Report of the Indian Hemp Drugs Commission, 1894-1895 - Volume IV
Year: 1894
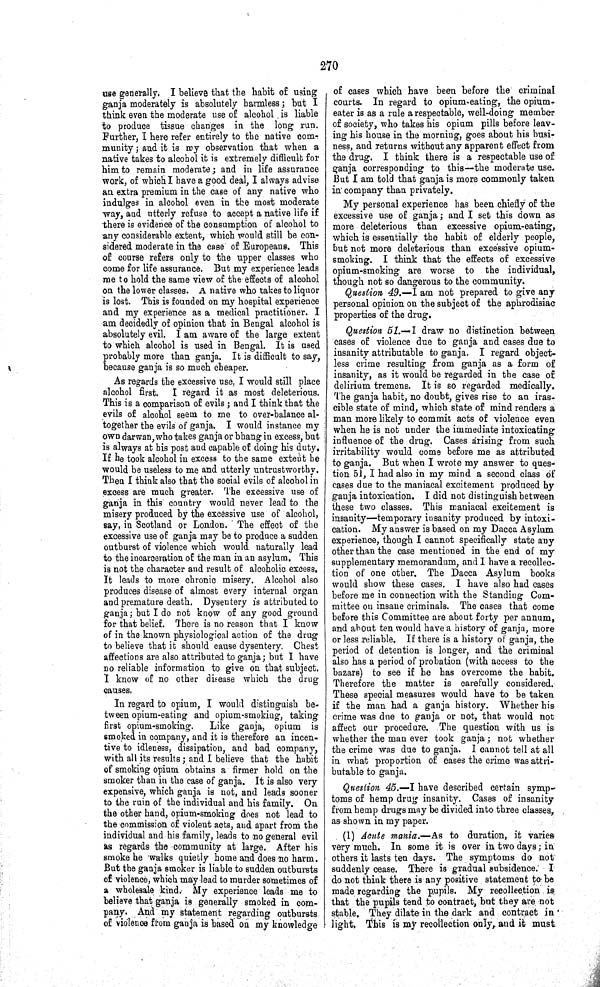
270
use generally. I believe that the habit of using
ganja moderately is absolutely harmless; but I
think even the moderate use of alcohol is liable
to produce tissue changes in the long run.
Further, I here refer entirely to the native com-
munity; and it is my observation that when a
native takes to alcohol it is extremely difficult for
him to remain moderate; and in life assurance
work, of which I have a good deal, I always advise
an extra premium in the case of any native who
indulges in alcohol even in the most moderate
way, and utterly refuse to accept a native life if
there is evidence of the consumption of alcohol to
any considerable extent, which would still be con-
sidered moderate in the case of Europeans. This
of course refers only to the upper classes who
come for life assurance. But my experience leads
me to hold the same view of the effects of alcohol
on the lower classes. A native who takes to liquor
is lost. This is founded on my hospital experience
and my experience as a medical practitioner. I
am decidedly of opinion that in Bengal alcohol is
absolutely evil. I am aware of the large extent
to which alcohol is used in Bengal. It is used
probably more than ganja. It is difficult to say,
because ganja is so much cheaper.
As regards the excessive use, I would still place
alcohol first. I regard it as most deleterious.
This is a comparison of evils; and I think that the
evils of alcohol seem to me to over-balance al-
together the evils of ganja. I would instance my
own darwan, who takes ganja or bhang in excess, but
is always at his post and capable of doing his duty.
If he took alcohol in excess to the same extent he
would be useless to me and utterly untrustworthy.
Then I think also that the social evils of alcohol in
excess are much greater. The excessive use of
ganja in this country would never lead to the
misery produced by the excessive use of alcohol,
say, in Scotland or London. The effect of the
excessive use of ganja may be to produce a sudden
outburst of violence which would naturally lead
to the incarceration of the man in an asylum. This
is not the character and result of alcoholic excess.
It leads to more chronic misery. Alcohol also
produces disease of almost every internal organ
and premature death. Dysentery is attributed to
ganja; but I do not know of any good ground
for that belief. There is no reason that I know
of in the known physiological action of the drug
to believe that it should cause dysentery. Chest
affections are also attributed to ganja; but I have
no reliable information to give on that subject.
I know of no other disease which the drug
causes.
In regard to opium, I would distinguish be-
tween opium-eating and opium-smoking, taking
first opium-smoking.
Like ganja, opium is
smoked in company, and it is therefore an incen-
tive to idleness, dissipation, and bad company,
with all its results; and I believe that the habit
of smoking opium obtains a firmer hold on the
smoker than in the case of ganja. It is also very
expensive, which ganja is not, and leads sooner
to the ruin of the individual and his family. On
the other hand, opium-smoking does not lead to
the commission of violent acts, and apart from the
individual and his family, leads to no general evil
as regards the community at large. After his
smoke he walks quietly home and does no harm.
But the ganja smoker is liable to sudden outbursts
of violence, which may lead to murder sometimes of
a wholesale kind. My experience leads me to
believe that ganja is generally smoked in com-
pany. And my statement regarding outbursts
of violence from ganja is based on my knowledge
of cases which have been before the criminal
courts. In regard to opium-eating, the opium-
eater is as a rule a respectable, well-doing member
of society, who takes his opium pills before leav-
ing his house in the morning, goes about his busi-
ness, and returns without any apparent effect from
the drug. I think there is a respectable use of
ganja corresponding to this—the moderate use.
But I am told that ganja is more commonly taken
in company than privately.
My personal experience has been chiefly of the
excessive use of ganja; and I set this down as
more deleterious than excessive opium-eating,
which is essentially the habit of elderly people,
but not more deleterious than excessive opium-
smoking. I think that the effects of excessive
opium-smoking are worse to the individual,
though not so dangerous to the community.
Question 49.—I am not prepared to give any
personal opinion on the subject of the aphrodisiac
properties of the drug.
Question 51.—I draw no distinction between
cases of violence due to ganja and cases due to
insanity attributable to ganja. I regard object-
less crime resulting from ganja as a form of
insanity, as it would be regarded in the case of
delirium tremens. It is so regarded medically.
The ganja habit, no doubt, gives rise to an iras-
cible state of mind, which state of mind renders a
man more likely to commit acts of violence even
when he is not under the immediate intoxicating
influence of the drug. Cases arising from such
irritability would come before me as attributed
to ganja. But when I wrote my answer to ques-
tion 51, I had also in my mind a second class of
cases due to the maniacal excitement produced by
ganja intoxication. I did not distinguish between
these two classes. This maniacal excitement is
insanity—temporary insanity produced by intoxi-
cation. My answer is based on my Dacca Asylum
experience, though I cannot specifically state any
other than the case mentioned in the end of my
supplementary memorandum, and I have a recollec-
tion of one other. The Dacca Asylum books
would show these cases. I have also had cases
before me in connection with the Standing Com-
mittee on insane criminals. The cases that come
before this Committee are about forty per annum,
and about ten would have a history of ganja, more
or less reliable. If there is a history of ganja, the
period of detention is longer, and the criminal
also has a period of probation (with access to the
bazars) to see if he has overcome the habit.
Therefore the matter is carefully considered.
These special measures would have to be taken
if the man had a ganja history. Whether his
crime was due to ganja or not, that would not
affect our procedure. The question with us is
whether the man ever took ganja; not whether
the crime was due to ganja. I cannot tell at all
in what proportion of cases the crime was attri-
butable to ganja.
Question 45.—I have described certain symp-
toms of hemp drug insanity. Cases of insanity
from hemp drugs may be divided into three classes,
as shown in my paper.
(1) Acute mania.—As to duration, it varies
very much. In some it is over in two days; in
others it lasts ten days. The symptoms do not
suddenly cease. There is gradual subsidence. I
do not think there is any positive statement to be
made regarding the pupils. My recollection is
that the pupils tend to contract, but they are not
stable. They dilate in the dark and contract in
light. This is my recollection only, and it must